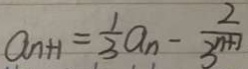
a _ { n + 1 } = \frac { 1 } { 3 } a _ { n } - \frac { 2 } { 3 ^ { n + 1 } }